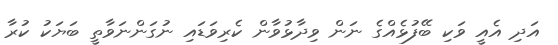
އަދި އެއީ ވަކި ބޭފުޅެއްގެ ނަން ވިދާޅުވާން ކެރިވަޑައި ނުގަންނަވާތީ ބަޔަކު ކުރާ